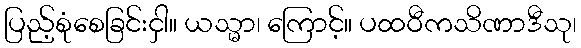
ပြည့်စုံစေခြင်းငှါ။ ယသ္မာ၊ ကြောင့်။ ပထဝီကသိဏာဒီသု၊